Vital statistics of India. Vol. V, Reports of 1876 on armies & jails and on epidemic cholera
Year: 1876
Disease focus: Cholera
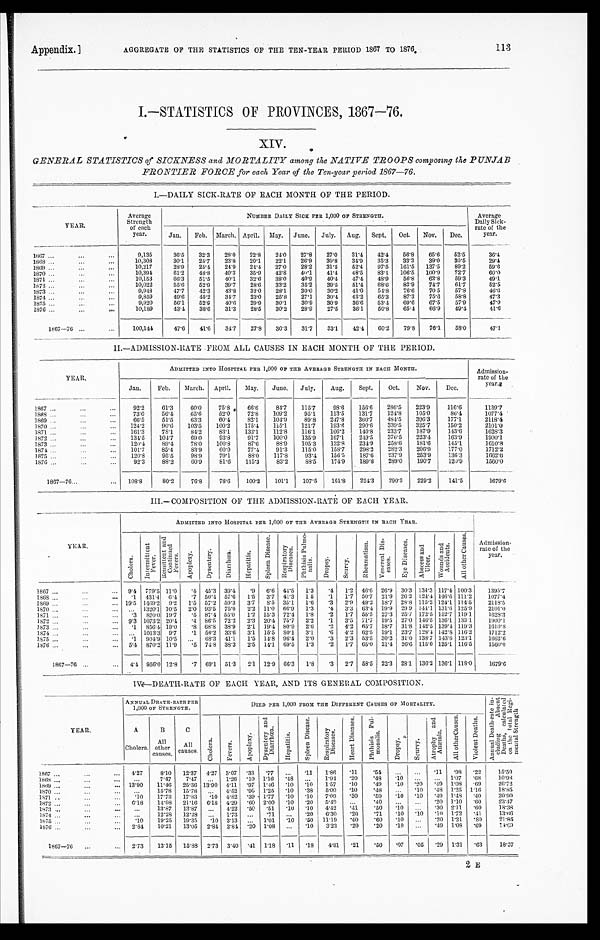
Appendix.]
AGGREGATE OF THE STATISTICS OF THE TEN-YEAR, PERIOD 1867 TO 1876.
113
I.—STATISTICS OF PROVINCES, 1867—76.
XIV.
GENERAL STATISTICS of SICKNESS and MORTALITY among the NATIVE TROOPS composing the P UNJAB
FRONTIER FORCE for each Year of the Ten-year period 1867—76.
I . — D A I L Y S I C K - R A T E O F E A C H M O N T H O F T H E P E R I O D .
YEAR.
Average
Strength
of each
year.
NUMBER DAILY SICK PER 1,000 OF STRENGTH.
Average
Daily Sick-
rate of the
year.
Jan.
Feb. March. April. May. June.
July. Aug. Sept.
Oct.
Nov.
Dec.
1867 . . .
9,135
36.5
32.3
28.0
22.8
24.0
27.8
27.0
31.4
42.4
56.8
65.6
52.5
3 6 . 4
1868 . . .
10,308
30.1
25.7
23.8
20.1
22.1
26.9
30.8
34.9
35.3
33.3
39.0
30.5
2 9 . 4
1869 . . .
10,217
28.9
25.4
24.9
24.4
27.0
28.2
31.5
52.4
97.5
161.5
137.5
89.2
59.6
1870 . . .
10,394
61.2
48.8
40.3
35.9
42.8
40.1
41.4
48.5
83.1 106.5
100.9
72.7
60.0
1871 . . .
10,153
66.3
51.5
40.1
32.6
38.0
40.9
40.4
47.4
48.9
56.8
62.8
59.3
4 9 . 1
1872 . . .
10,022
55.6
52.9
39.7
28.6
33.2
35.2
39.5
51.4
68.6
83.9
74.7
61.7
52.5
1873 . . .
9,948
47.7
42.3
43.8
32.0
28.1
30.0
30.2
41.0
54.8
76.6
70.5
57.8
46.6
1874 . . .
9,859
49.6
45.2
34.7
23.0
25.8
27.1
30.4
43.2
65.3
87.3
75.6
58.8
4 7 . 3
1875 . . .
9,920
56.1
52.9
40.6
29.9
30.1
30.9
30.9
36.6
53.4
69.6
67.5
57.9
47.0
1 8 7 6 . . .
10,189
43.4
38.6
31.3
28.5
30.2
28.9
27.5
36.1
50.8
65.4
66.9
49.4
41.6
1867—76 . . .
100,141
47.6
41.6
34.7
27.8
30.3
31.7
33.1
42.4
60.2
79.8
76.1
58.0
4 7 . 1
II.—ADMISSION-RATE FROM ALL CAUSES IN EACH MONTH OF THE PERIOD.
YEAR.
ADMITTED INTO HOSPITAL PER 1,000 OF THE AVERAGE STRENGTH IN EACH MONTH.
Admission
-
rate of the
year
.
Jan.
Feb.
March. April.
May.
June.
July.
Aug.
Sept.
Oct.
Nov.
Dec.
1867 . . .
92.2
61.3
60.0
75.8
66.6
84.7
115.7
98.6
156.6
286.5
223.9
116.6
1139.7
1 8 6 8 . . .
73.0
56.4
65.6
52.0
72.8
109.2
95.1
113.5
131.7
124.8
105.0
86.4
1077.4
1869 . . .
66.5
51.5
63.3
60.4
82.1
104.9
89.8
247.8
360.7
484.5
396.3
177.1
2118.4
1870 . . .
124.2
90.6
103.5
100.2
175.4
115.1
121.7
193.6
290.6
339.5
325.7
150.2
2101.0
1871 . . .
161.3
78.1
84.2
83.1
132.1
112.8
116.1
166.2
140.8
233.7
187.9
143.6
1628.3
1872 . . .
134.5
104.7
69.0
93.8
91.7
100.0
135.9
167.1
249.5
376.5
223.4
163.9
1900.1
1873 . . .
120.4
89.4
78.0
100.8
87.6
88.9
105.3
132.8
234.9
258.6
181.6
145.1
1610.8
1874 . . .
101.7
85.4
83.9
60.0
77.4
91.3
115.0
158.7
298.2
282.3
206.9
177.0
1712.2
1875 . . .
120.8
95.5
98.9
79.1
88.0
117.8
93.4
156.5
187.6
237.9
253.9
136.3
1662.6
1876 . . .
92.3
88.2
60.9
81.6
115.3
83.2
88.5
174.9
189.8
289.0
190.7
120.9
1560.0
1867—76 . . . 108.8
80.2
76.8
78.6
100.2
101.1
107.5
161.8
224.3
290.3
229.2
141.5
1679. 6
III.—COMPOSITION OF THE ADMISSION-RATE OF EACH YEAR.
YEAR.
ADMITTED INTO HOSPITAL PER 1,000 OF THE AVERAGE STRENGTH IN EACH YEAR.
Admission-
rate of the
year.
C h o l e r a .
I n t e r m i t t e n t F e v e r . R e m i t t e n t a n d C o n t i n u e d F e v e r s .
A p o p l e x y .
D y s e n t e r y .
D i a r r h œ a .
H e p a t i t i s .
S p l e e n D i s e a s e .
R e s p i r a t o r y D i s e a s e s .
P h t h i s i s P u l m o - n a l i s .
D r o p s y .
S c u r v y .
R h e u m a t i s m .
V e n e r e a l D i s - e a s e s .
E y e D i s e a s e s .
A b s c e s s a n d U l c e r .
Wo u n d s a n d Ac c i d e n t s .
A l l o t h e r C a u s e s .
1867 . . .
9.4 779.5 11.0
.4 45.3 39.4
.9 6.6 44.5
1.3
.4
1.2 46.6 26.9 30.3 134.3 117.4 100.3
1395.7
1868 . . .
.1 431.4
6 . 4 .7 50.4 57.6
1.5
3.7 41.3 1.5
.1
1.7 50.7 21.'9 26.2 124.4 146.6 111.2
1077.4
1 8 6 9 . . . 19.5 1469.2
9 . 2 1.5 57.2 59.3
3.7
8.5 35.1 1.6 .3
2.9 49.2 18.7 28.8 115.2 124.1 114.5
2118.5
1870 . . .
. . . 1320.1 10.5
2.0 93.5 75.0
2.2 11.0 66.9
1.3
. 4 3.3 63.4 19.9 29.9 144.1 131.0 125.9
2101.0
1871 . . .
.3 820.0 19.7
.5 87.4 55.0
1.2 15.3 72.4 1.8
.2
1.7 55.5 27.3 25.7 172.5 152.7 119.1
1628.3
1872 . . .
9.3 1073.2 20.4 .4 86.5 72.2
2.3 20.4 75.7
2.2
. 1 3.5 71.7 19.5 27.0 146.5 136.1 133.1
1900.1.
1873 . . .
.1 856.4 19.0
.8 68.8 38.9 2.1 19.4 80.9 2.6
.2
4.2 65.7 18.7 31.8 142.5 139.4 119.3
1610.8
1874 . . .
. . . 1013.3 9.7
.1 56.2 33.6
3.1 15.5 80.1
3.1
.6 4.2 62.5 19.1 23.7 128.4 142.8 116.2
1712.2
1875 . . .
. 1 904.9 10.5
. . .
68.3
41.1 1.5 14.8 96.4 2.0
.3
2.3 53.'5 30.2 31.0 138.7 143.6 123.1
1662.6
1876 . . .
5.4 870.2 11.9
.5 74.8 38.3
2.5 14.1 69.5
1.3
.2
1.7 65.0 21.4 26.6 115.0 125.1 116.5
1560.0
1867—76 . . .
4.4 956.0 12.8
.7 69.1 51.3
2.1 12.9 66.3
1.8
.3 2.7 58.5 22.3 28.1 136.2 136.1 118.0
1679.6
IV.—DEATH-RATE OF EACH YEAR, AND ITS GENERAL COMPOSITION.
Y E A R .
ANNUAL DEATH-RATE PER
1,000 OF STRENGTH.
DIED PER 1,000 FROM THE DIFFERENT CAUSES OF MORTALITY.
A n n u a l D e a t h - r a t e i n - c l u d i n g A b s e n t D e a t h s , c a l c u l a t e d o n t h e t o t a l R e g i - m e n t a l S t r e n g t h .
A
Cholera.
B
All
other
causes.
C
All
causes.
C h o l e r a .
F e v e r s .
A p o p l e x y .
D y s e n t e r y a n d D i a r r h œ a .
H e p a t i t i s .
S p l e e n D i s e a s e .
R e s p i r a t o r y D i s e a s e s .
H e a r t D i s e a s e s .
P h t h i s i s P u l - m o n a l i s .
D r o p s y .
S c u r v y .
A t r o p h y a n d A n æ m i a .
A l l o t h e r C a u s e s .
V i o l e n t D e a t h s .
1867 . . .
4.27
8.10 12.37 4.27 3.07
. 33 .77
. . .
. 11 1.86
. 1 1
.54
. . .
. . .
. 1 1 .98
.22
15.50
1868 . . .
. . .
7.47
7.47
. . . 1.26
. 10 1.16
48
. . .
1.94
. 2 0
.48
. 1 0
. . .
. . . 1.07 .68
10. 98
1869 . . .
13.90
11.46 25.36 13.90 4.11
. 97 1.46
. 10
. 10 1.57
. 1 0
.49
. 1 0
. 2 0
. 4 9 1.08 .69
26.72
1870 . . .
. . .
15.78
15.78
. . . 4.52
. 96 1.25
. 10
. 3 8 5.00
. 1 0
.48
. . .
. 1 0 .48 1.25 1.16
18.85
1871 . . .
.10
17.73 17.83
. 1 0 4.82
. 39 1.77
. 10
. 10 7.09
. 3 0
.59
. 1 0
. 1 0 .49 1.48
.40
20. 90
1872 . . .
6.18
14.98 21.16 6.18 4.29
. 60 2.00
. 10
. 2 0 5.4 9
. . .
.40
. . .
. . . .20 1.10 .60
23. 47
1 8 7 3 . . .
. . .
13.87
13.87
. . . 4.22 .50
. 5 1
. 10
. 10
4 . 4 2
. 4 1
. 5 0
. 1 0
. . . .30 2.11 .60
18. 38
1874 . . .
. . .
12.28
12.28
. . . 1.73
. . .
. 7 1
. . .
. 2 0 6.30
. 2 0
. 7 1
. 1 0
. 1 0 .10 1.72 .41
13. 66
1875 . . .
.10
19.25 19.35
. 1 0 3.13
. . . 1.01
. 10
. 50 11.19
. 4 0
.60
. 1 0
. . . .20 1.21
..80
21.85
1876 . . .
2.84
10.21
13.05 2.84 2.84
. 20 1.08 . . .
. 10 3.23
. 2 0
.20
. 1 0 . . .
.49 1.08 .69
1 4 . 6 9
1867—76 . . . 2.73
13.15
15.88 2.73 3.40
. ' 4 1 1.18
. 11
. 1 8
4.81
. 2 1
.50
. 0 7
. 0 5 .29 1.31
. 6 3
18.37
2 E